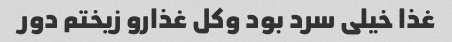
غذا خیلی سرد بود وکل غذارو زیختم دور